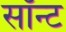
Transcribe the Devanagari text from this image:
सॉन्ट